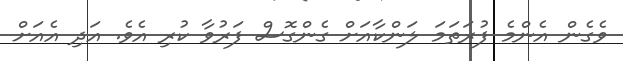
ވެގެން އެންމެ ފުރަތަމަ ލަންކާއަށް ގެންގޮސް ފަރުވާ ކުރި އެވެ. އަދި އެއަށް